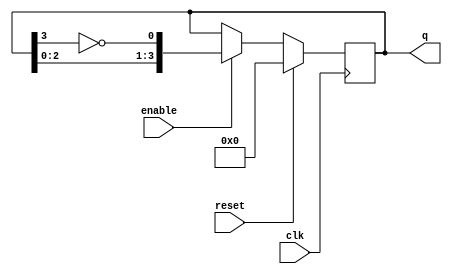
module modified_johnson_counter (
    input wire clk,         // Clock input
    input wire reset,       // Synchronous reset input
    input wire enable,      // Enable input
    output reg [3:0] q      // 4-bit output representing the current state
);

    // Sequential logic for Modified Johnson Counter
    always @(posedge clk) begin
        if (reset) begin
            // Reset the counter to 0000
            q <= 4'b0000;
        end else if (enable) begin
            // Modified Johnson Counter logic
            // The next state is determined by the feedback from the last flip-flop
            q <= {q[2:0], ~q[3]};
        end
    end

endmodule